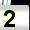
Digit: 2